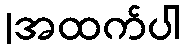
|အထက်ပါ